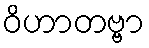
ဝိဟာတဗ္ဗာ